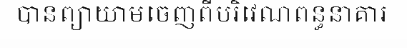
បានព្យាយាមចេញពីបរិវេណពន្ធនាគារ